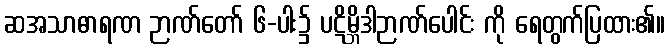
ဆအသာဓာရဏ ဉာဏ်တော် ၆-ပါး၌ ပဋိမ္ဘိဒါဉာဏ်ပေါင်း ကို ရေတွက်ပြထား၏။